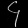
Digit: ၄